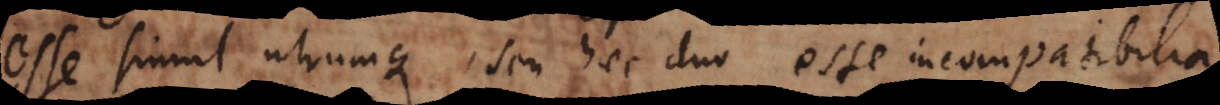
esse simul utrumque, seu haec duo esse incompatibilia,